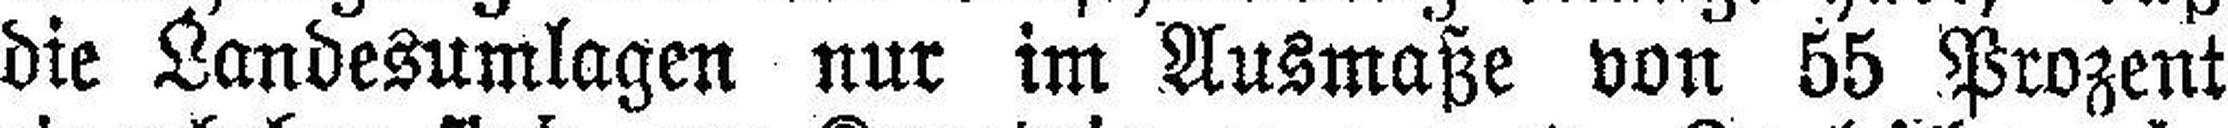
die Landesumlagen nur im Ausmaße von 55 Prozent